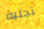
تجلبه